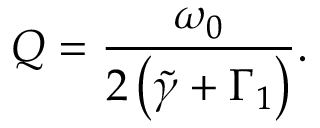
Q = \frac { \omega _ { 0 } } { 2 \left( \tilde { \gamma } + \Gamma _ { 1 } \right) } .